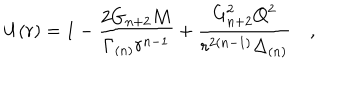
LaTeX: U ( r ) = 1 - \frac { 2 G _ { n + 2 } M } { \Gamma _ { ( n ) } r ^ { n - 1 } } + \frac { G _ { n + 2 } ^ { 2 } Q ^ { 2 } } { r ^ { 2 ( n - 1 ) } \Delta _ { ( n ) } } \quad ,